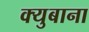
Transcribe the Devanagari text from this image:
क्युबाना